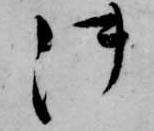
御